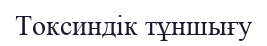
Токсиндік тұншығу